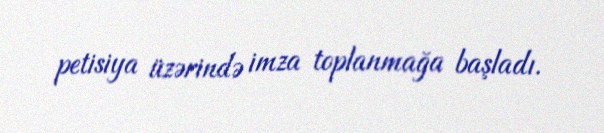
petisiya üzərində imza toplanmağa başladı.